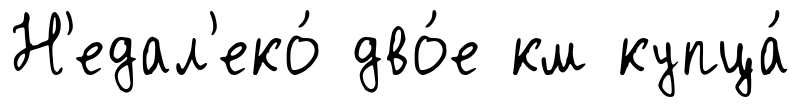
Н'едал'еко́ дво́е км купца́